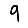
Digit: 9